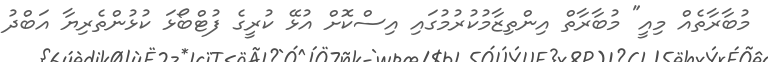
މުބާރާތެއް މިއީ" މުބާރާތް އިންތިޒާމުކުރުމުގައި އިސްކޮށް އުޅޭ ކުރީގެ ފުޓްބޯޅަ ކުޅުންތެރިޔާ އަބްދު